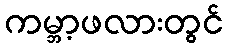
ကမ္ဘာ့ဖလားတွင်